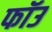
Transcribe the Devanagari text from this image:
फॉउ